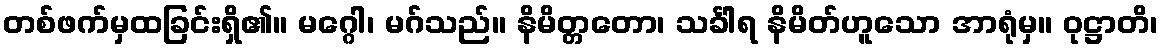
တစ်ဖက်မှထခြင်းရှိ၏။ မဂ္ဂေါ၊ မဂ်သည်။ နိမိတ္တတော၊ သင်္ခါရ နိမိတ်ဟူသော အာရုံမှ။ ဝုဋ္ဌာတိ၊